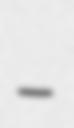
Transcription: –